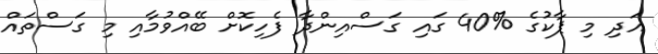
އަދި މި ޕާކުގެ %40 ގައި ގަސްއިންދާ ފެހިކޮށް ބޭއްވުމާއި މި ގަސްތައް